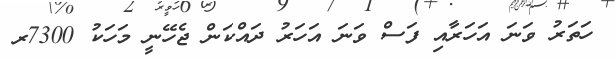
ހަތަރު ވަނަ އަހަރާއި ފަސް ވަނަ އަހަރު ދައްކަން ޖެހޭނީ މަހަކު 7300ރ